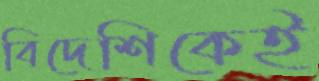
বিদেশিকেই